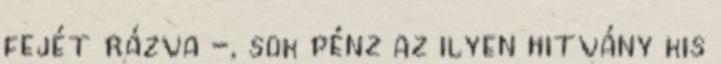
fejét rázva -, sok pénz az ilyen hitvány kis